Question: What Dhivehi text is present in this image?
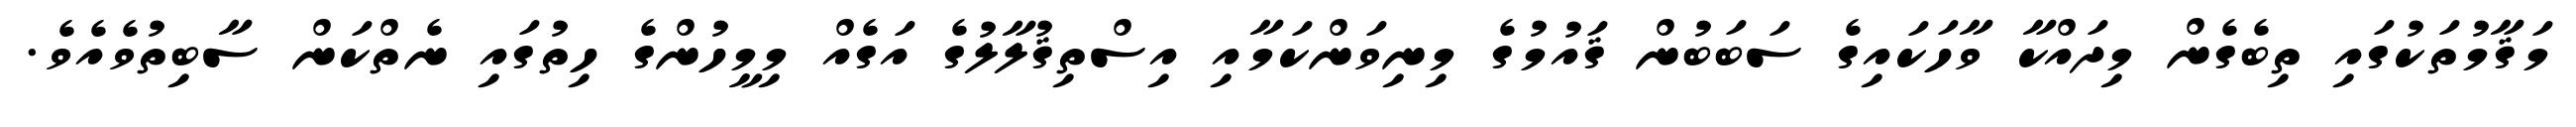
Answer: މަޤާމުތަކުގައި ތިބެގެން މިދައްކާ ވާހަކައިގެ ސަބަބުން ޤައުމުގެ މިނިވަންކަމާއި އިސްތިޤުލާލުގެ އަގެއް މިމީހުންގެ ހިތުގައި ނެތްކަން ސާބިތުވެއެވެ.